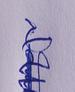
Signature authenticity: genuine